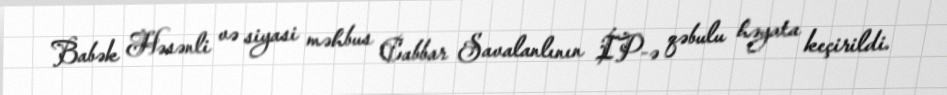
Babək Həsənli və siyasi məhbus Cabbar Savalanlının İP-ə qəbulu həyata keçirildi.